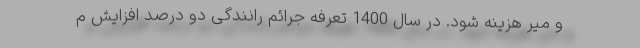
و میر هزینه شود. در سال 1400 تعرفه جرائم رانندگی دو درصد افزایش م